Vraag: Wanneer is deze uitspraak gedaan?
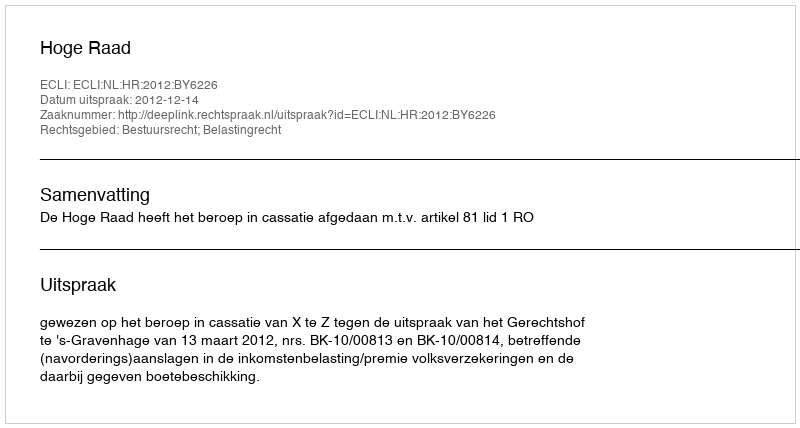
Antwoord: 2012-12-14